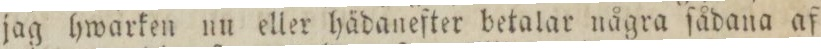
jag hwarken nu eller hädanefter betalar några ſådana af